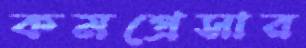
কমপ্রেসার